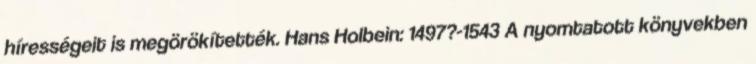
hírességeit is megörökítették. Hans Holbein: 1497?-1543 A nyomtatott könyvekben